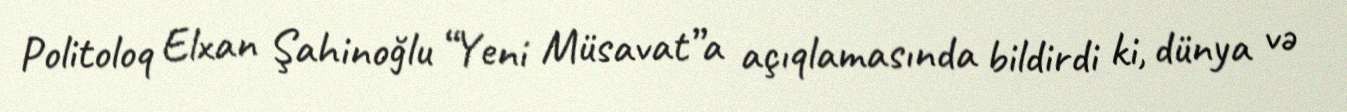
Politoloq Elxan Şahinoğlu “Yeni Müsavat”a açıqlamasında bildirdi ki, dünya və